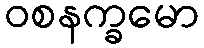
ဝစနက္ခမော